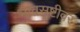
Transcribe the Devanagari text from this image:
भावसृष्टीवर